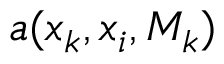
a ( x _ { k } , x _ { i } , M _ { k } )